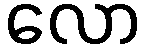
လော